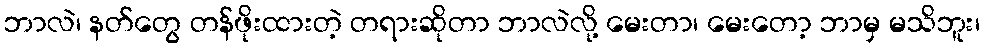
ဘာလဲ၊ နတ်တွေ တန်ဖိုးထားတဲ့ တရားဆိုတာ ဘာလဲလို့ မေးတာ၊ မေးတော့ ဘာမှ မသိဘူး၊